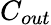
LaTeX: C_{out}